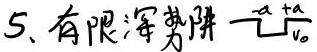
5. 有限深势阱：
\[
V(x)=\begin{cases}
 -V_0, & -a < x < a \\
 0, & |x| \geq a
\end{cases}
\]